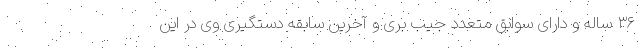
۳۶ ساله و دارای سوابق متعدد جیب بری و آخرین سابقه دستگیری وی در این